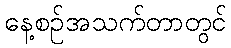
နေ့စဉ်အသက်တာတွင်